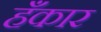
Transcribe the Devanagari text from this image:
हँकार